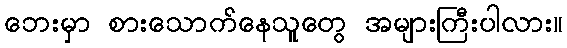
ဘေးမှာ စားသောက်နေသူတွေ အများကြီးပါလား။